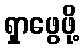
ရှာဖွေဖို့